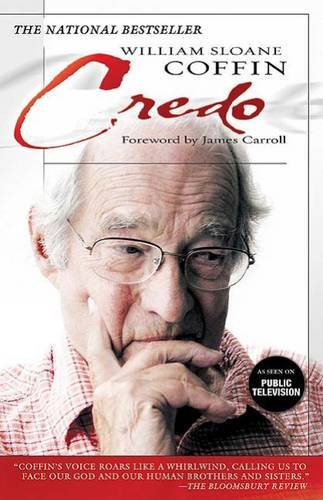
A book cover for Credo; William Sloane Coffin; Religion & Spirituality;